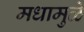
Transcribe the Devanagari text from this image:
मधामुळे